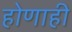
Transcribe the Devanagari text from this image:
होणाही